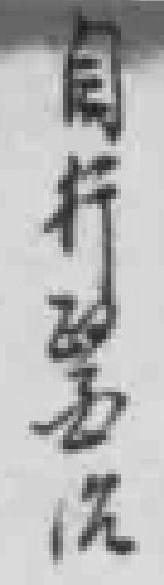
自行醫治